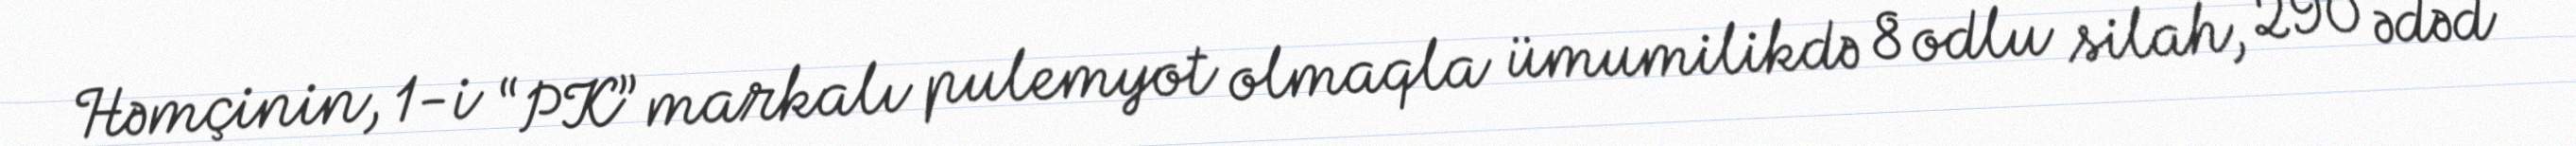
Həmçinin, 1-i “PK” markalı pulemyot olmaqla ümumilikdə 8 odlu silah, 290 ədəd